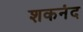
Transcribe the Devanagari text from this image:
शकनंद